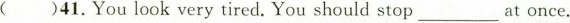
( )41.You look very tired. You should stop___at once.